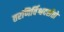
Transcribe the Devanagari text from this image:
तरणिर्विश्वदर्शतो